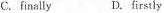
C.final!yD.firstly